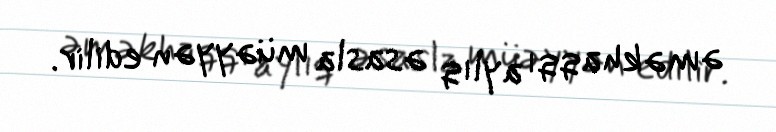
əməkhaqqı aylıq əsasla müəyyən edilir.